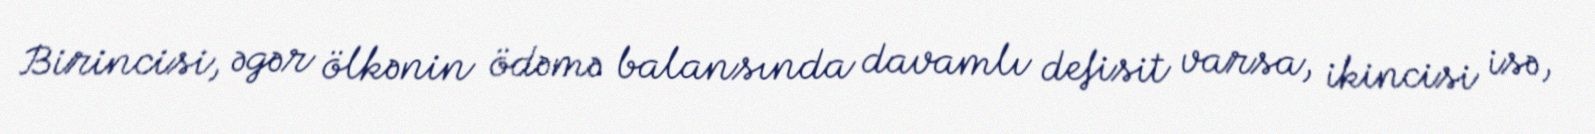
Birincisi, əgər ölkənin ödəmə balansında davamlı defisit varsa, ikincisi isə,